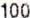
100